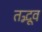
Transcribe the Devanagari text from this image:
तद्भूव